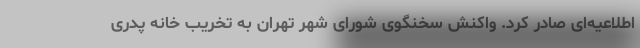
اطلاعیه‌ای صادر کرد. واکنش سخنگوی شورای شهر تهران به تخریب خانه پدری